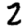
Digit: 2